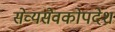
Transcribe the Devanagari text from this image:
सेव्यसेवकोपदेश